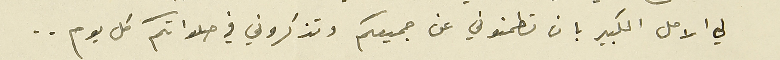
لي الامل الكبير بان تطمنوني عن جميعكم وتذكروني في صلواتكم كل يوم..